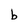
Character: b